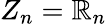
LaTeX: Z_{n}=\mathbb{R}_{n}